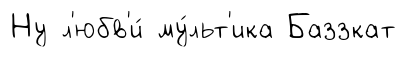
Ну л'юбв'и́ му́льт'ика Баззкат